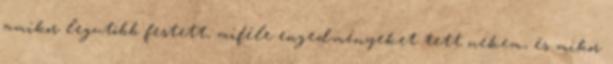
amikor legutóbb festett, miféle engedményeket tett nekem, és mikor